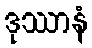
ဒုဿာနံ